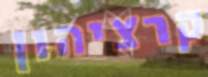
קרציהון